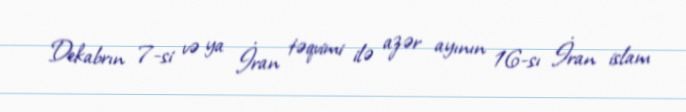
Dekabrın 7-si və ya İran təqvimi ilə azər ayının 16-sı İran islam